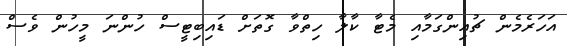
އަހަރެމެން ޗުއިންގަމާއި މެޓާ ކާލާ ހިތްވާ ގޮތަށް ޑައިބިޓީސް ހުންނަ މީހުން ވެސް